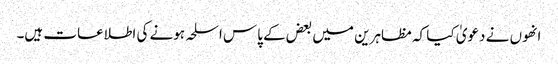
انھوں نے دعویٰ کیا کہ مظاہرین میں بعض کے پاس اسلحہ ہونے کی اطلاعات ہیں۔